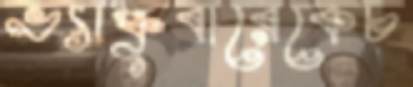
ভ্যাঙ্কুবারেকেচ